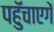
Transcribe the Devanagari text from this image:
पहुॅचाएगें